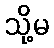
သို့မ